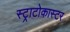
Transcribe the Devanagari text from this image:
स्ट्राटोकास्टर